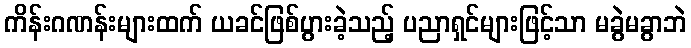
ကိန်းဂဏန်းများထက် ယခင်ဖြစ်ပွားခဲ့သည့် ပညာရှင်များဖြင့်သာ မခွဲမခွာဘဲ